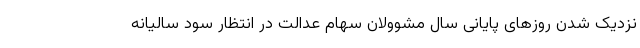
نزدیک شدن روزهای پایانی سال مشوولان سهام عدالت در انتظار سود سالیانه